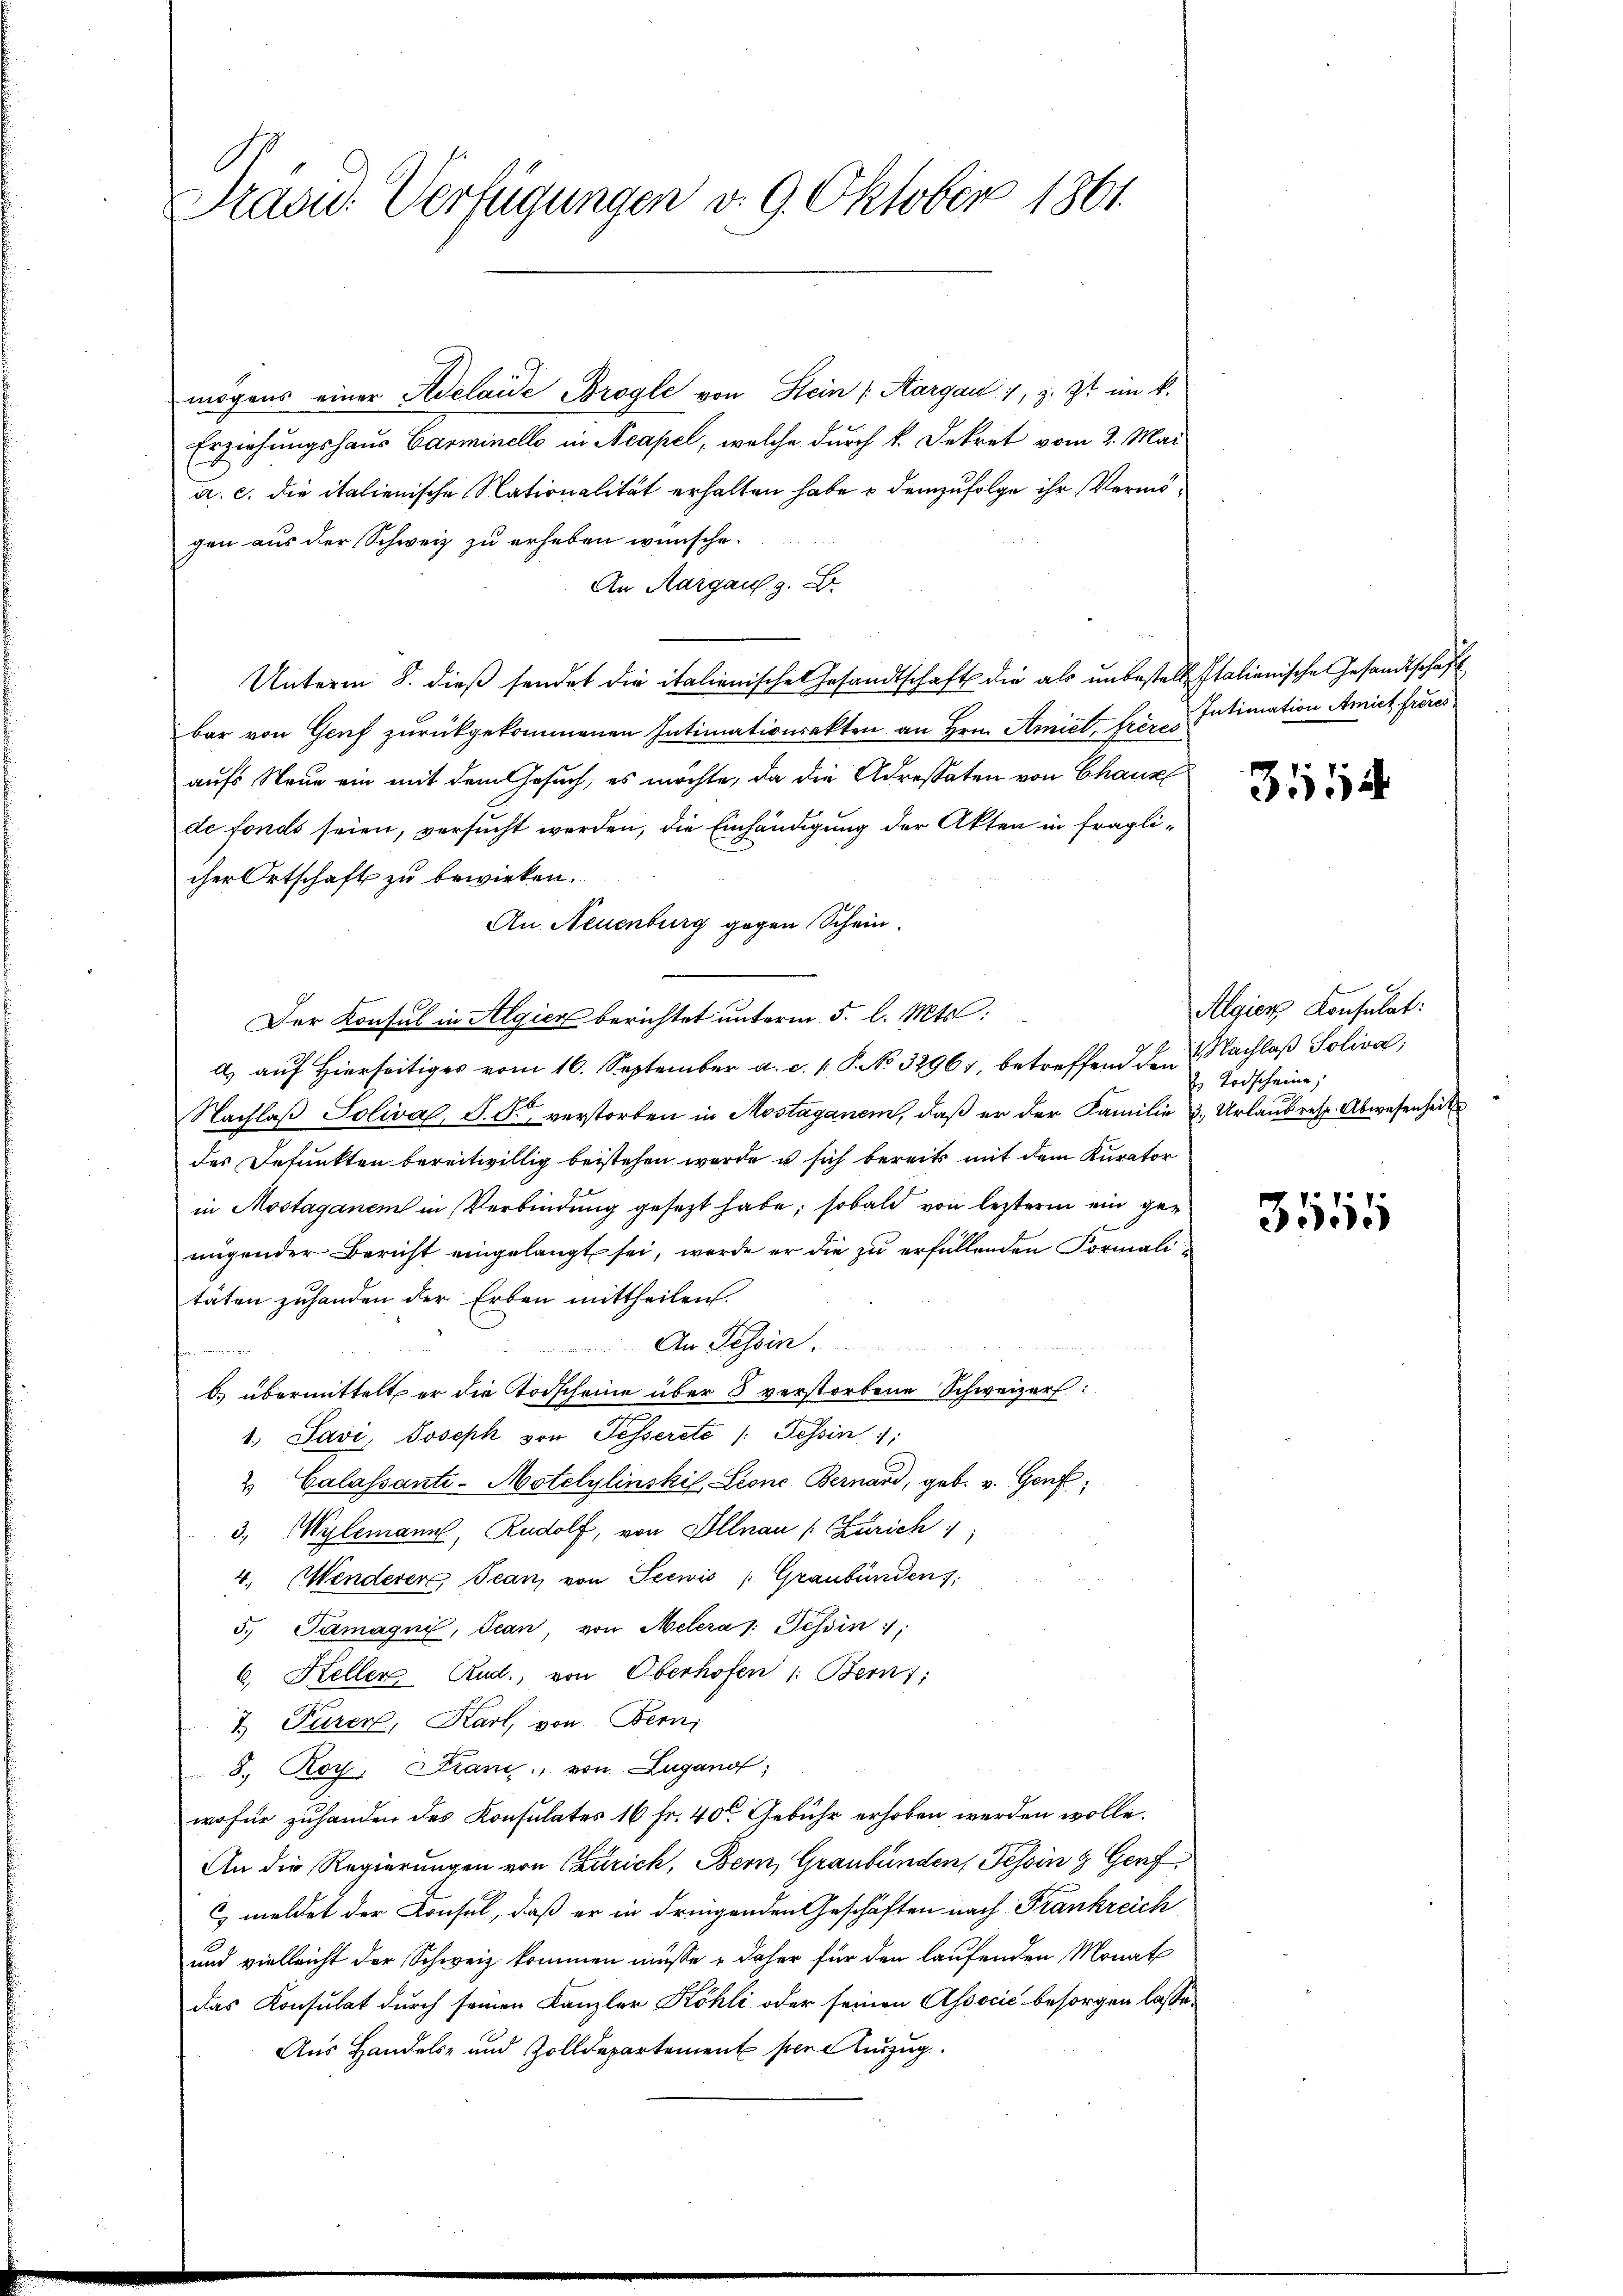
Präsid. Verfügungen v. 9. Oktober 1861.

mögens einer Adelaide Brogle von Stein Aargau 1, z. Zt. im k.
Erziehungshaus Carminello in Neapel, welche durch k. Dekret vom 2. Mai
a. c. die italienische Nationalität erhalten habe & demzufolge ihr Vermögen aus der Schweiz zu erheben wünsche.
An Aargau, z.
Unterm 8. dieß sendet die italienische Gesandtschaft die als unbestelle Italienische Gesandtschaft
bar von Genf zurückgekommenen Intimationsakten an Hrn. Amiet, frères Intimation Amiet freies
aufs Neue ein mit dem Gesuch, es möchte, da die Adressaten von Chaux
de fonds seien, versucht werden, die Einhändigung der Akten in fraglicher Ortschaft zu bewirken.
An Neuenburg gegen Schein.
Der Konsul in Algier berichtet unterm 5. l. Mts.
a) auf Hierseitiges vom 16. September a. c. 1 S. No 3296), betreffend den Nachlaß Soliva,
Nachlaß Soliva, P. F. verstorben in Mostaganen, daß er der Familie 3. Urlaub resp. Abwesenheit
des Befunkten bereitwillig beistehen werde u. sich bereits mit dem Kurator
in Mostaganen in Verbindung gesezt habe; sobald von lezterm ein genügender Bericht eingelangt sei, werde er die zu erfüllenden Formalitäten zuhanden der Erben mittheilen.
An Tessin.
b) übermittelt er die Todscheine über 8 verstorbene Schweizer:
1. Savi, Joseph von Fesserete /: Tessin;
2 Calassante-Motelylinski, Leone Bernard, geb. v. Genf
3, Wylemann, Rudolf, von Illnau (Zürich
4. Wenderer Jean, von Seewis (Graubünden s
5. Tumagni, Jean, von Melera /: Tessin;
6. Heller Rud. von Oberhofen 1: Bern;
7 Purer, Karl, von Fern
8. Roy, Franz, von Lugano,
wohne zuhanden des Konsulates 16 Fr. 40 Gebühr erhoben werden wolle.
An die Regierungen von Zürich, Bern, Graubünden, Tessin & Genf
 meldet der Konsul, daß er in dringenden Geschäften nach Frankreich
und vielleicht der Schweiz kommen müsse & daher für den laufenden Monath
das Konsulat durch seinen Kanzler Köhli oder seinen Associć besorgen lasse,
Aus Handels- und Zolldepartement per Auszug.

3514

Algier Konsulat:
2. Todscheine,

3555